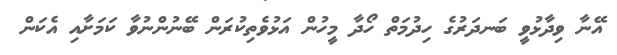
އޭނާ ވިދާޅުވީ ބަނދަރުގެ ހިދުމަތް ހޯދާ މީހުން އަޅުވެތިކުރަން ބޭނުންނުވާ ކަމަށާއި އެކަން